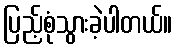
ပြည့်စုံသွားခဲ့ပါတယ်။